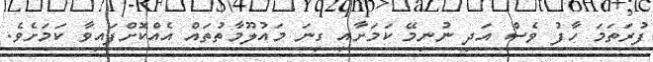
ފުރަތަމަ ހާފު ވެސް އަދި ނުނިމޭ ކަމަށާއި ގިނަ މައުލޫމާތުތައް އެއްކޮށްފައިވާ ކަމަށެވެ.